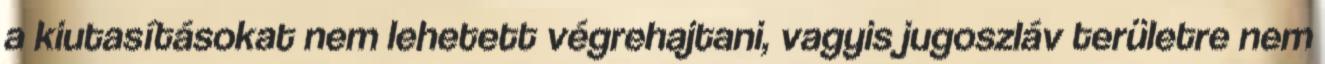
a kiutasításokat nem lehetett végrehajtani, vagyis jugoszláv területre nem